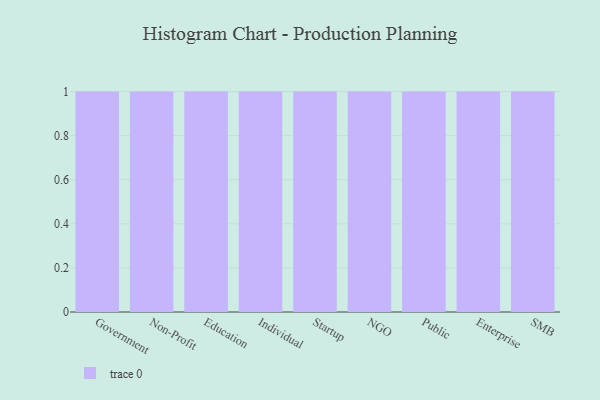
{"axis": {"x": "Segment", "y": "Tickets Resolved"}, "legend": [""], "data": [{"x": "Government", "y": 96, "type": ""}, {"x": "Non-Profit", "y": 2, "type": ""}, {"x": "Education", "y": 84, "type": ""}, {"x": "Individual", "y": 76, "type": ""}, {"x": "Startup", "y": 63, "type": ""}, {"x": "NGO", "y": 17, "type": ""}, {"x": "Public", "y": 13, "type": ""}, {"x": "Enterprise", "y": 37, "type": ""}, {"x": "SMB", "y": 51, "type": ""}]}